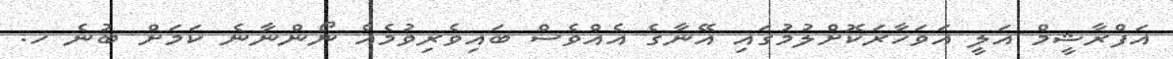
އަފްރާޝީމް އަލީ އަވަހާރަކޮށްލުމުގައި އޭނާގެ އެއްވެސް ބައިވެރިވުމެއް ނޯންނާނެ ކަމަށް ބުނެ ހ.